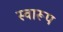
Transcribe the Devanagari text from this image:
स्वारूप